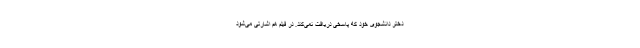
دختر دانشجوی خود که پاسخی دریافت نمی‌کند. در فیلم هم اشارتی می‌شود